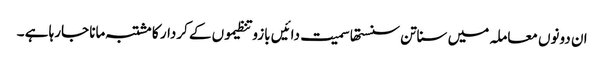
ان دونوں معاملہ میں سناتن سنستھا سمیت دائیں بازو تنظیموں کے کردار کا مشتبہ مانا جارہا ہے ۔